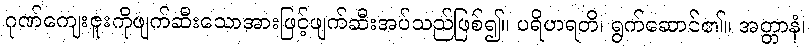
ဂုဏ်ကျေးဇူးကိုဖျက်ဆီးသောအားဖြင့်ဖျက်ဆီးအပ်သည်ဖြစ်၍။ ပရိဟရတိ၊ ရွက်ဆောင်၏။ အတ္တာနံ၊